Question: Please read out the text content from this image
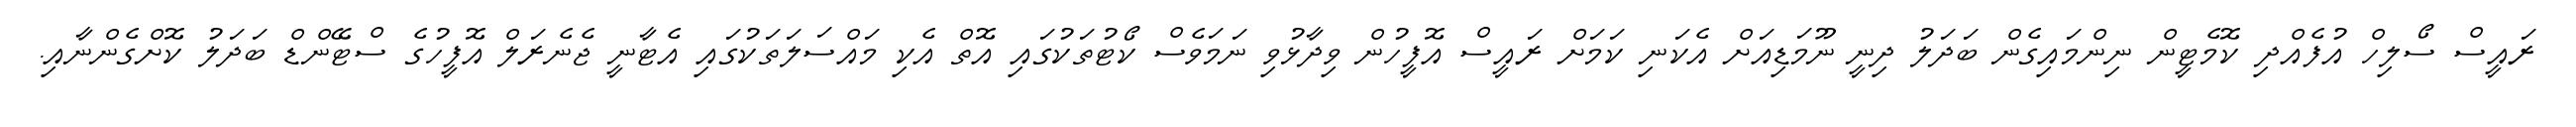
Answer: ރައީސް ސޯލިހް އުފެއްދި ކޮމެޓީން ނިންމައިގެން ބަދަލު ދިނީ ނޫމަޑިއަށް އެކަނި ކަމަށް ރައީސް އޮފީހުން ވިދާޅުވި ނަމަވެސް ކޯޓުތަކުގައި އޮތް އެކި މައްސަލަތަކުގައި އެޓާނީ ޖެނެރަލް އޮފީހުގެ ސްޓޭންޑް ބަދަލު ކޮށްގެންނާއި.